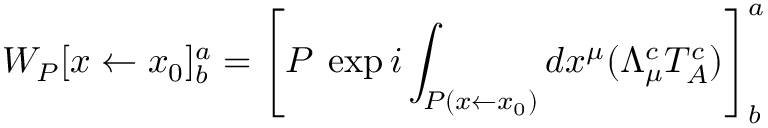
W _ { P } [ x \leftarrow x _ { 0 } ] _ { b } ^ { a } = \left[ P \: \exp i \int _ { P ( x \leftarrow x _ { 0 } ) } d x ^ { \mu } ( \Lambda _ { \mu } ^ { c } T _ { A } ^ { c } ) \right] _ { b } ^ { a }